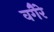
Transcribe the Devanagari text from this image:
वगैेरे